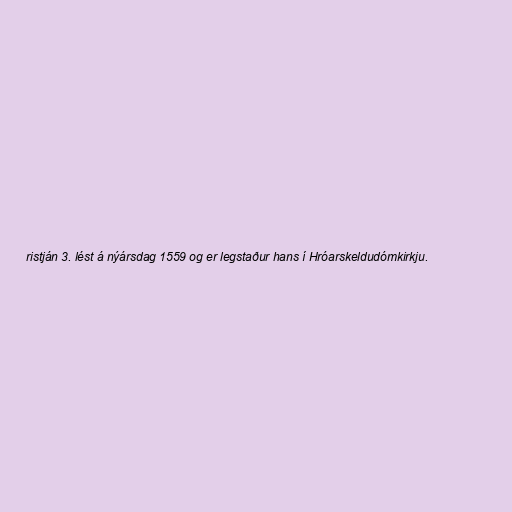
ristján 3. lést á nýársdag 1559 og er legstaður hans í Hróarskeldudómkirkju.